Annual administration report of the Bombay Presidency - 1887-1892
Year: 1887
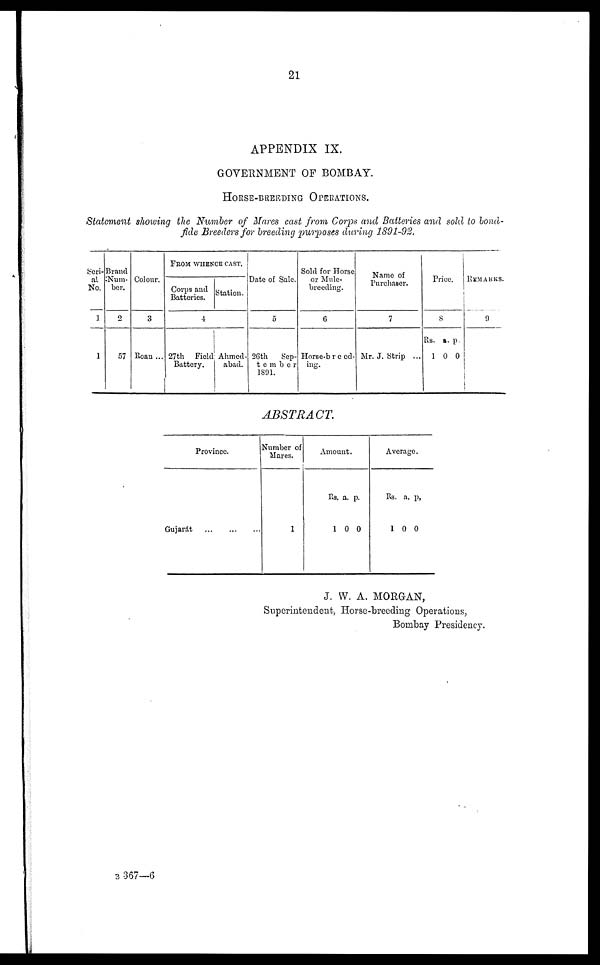
21
APPENDIX IX.
GOVERNMENT OF BOMBAY.
HORSE-BREEDING OPERATIONS.
Statement showing the Number of Mares cast from Corps and Batteries and sold to boná-
fide Breeders for breeding purposes during 1891-92.
Seri-
al
No.
1
1
Brand
Num-
ber.
2
57
Colour.
3
Roan ...
FROM WHRNOR CAST.
Corps and
Batteries.
Station.
4
27th Field
Battery.
Ahmed-
abad.
Date of Sale.
5
26th
Sep-
tember
1891.
Sold for Horse
or Mule-
breeding.
6
Horse breed-
ing.
Name of
Purchaser.
7
Mr. J. Strip ...
Price.
8
Rs.
1
a.
0
p.
0
REMARKS.
9
ABSTRACT.
Province.
Gujarat
Number of
Mares.
1
Amoun
t.
Rs.
1
a.
0
p.
0
Ave
rage
.
Rs.
1
a.
0
p.
0
J. W. A. MORGAN,
Superintendent, Horse-breeding Operations,
Bombay Presidency.